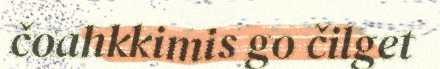
čoahkkimis go čilget